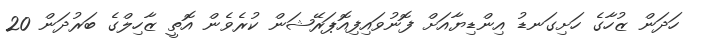
ހަދަން ޒުހާގެ ހަށިގަނޑު އިންޑިޔާއަށް ފޮނުވައިފިއޮޕަރޭޝަން ކުރެވެން އޮތީ ޒާހިލްގެ ބަރުދަން 20